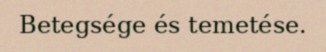
Betegsége és temetése.